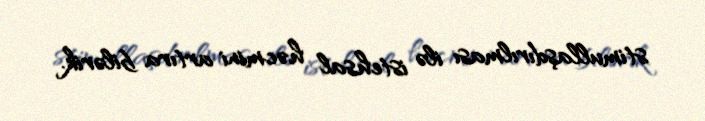
stimullaşdırılması ilə istehsal həcmini artıra bilərik.